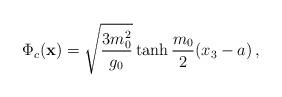
LaTeX: \begin{align*}\Phi_c({\bf x})=\sqrt{\frac{3m_0^2}{g_0}}\tanh\frac{m_0}{2}(x_3-a)\,,\end{align*}